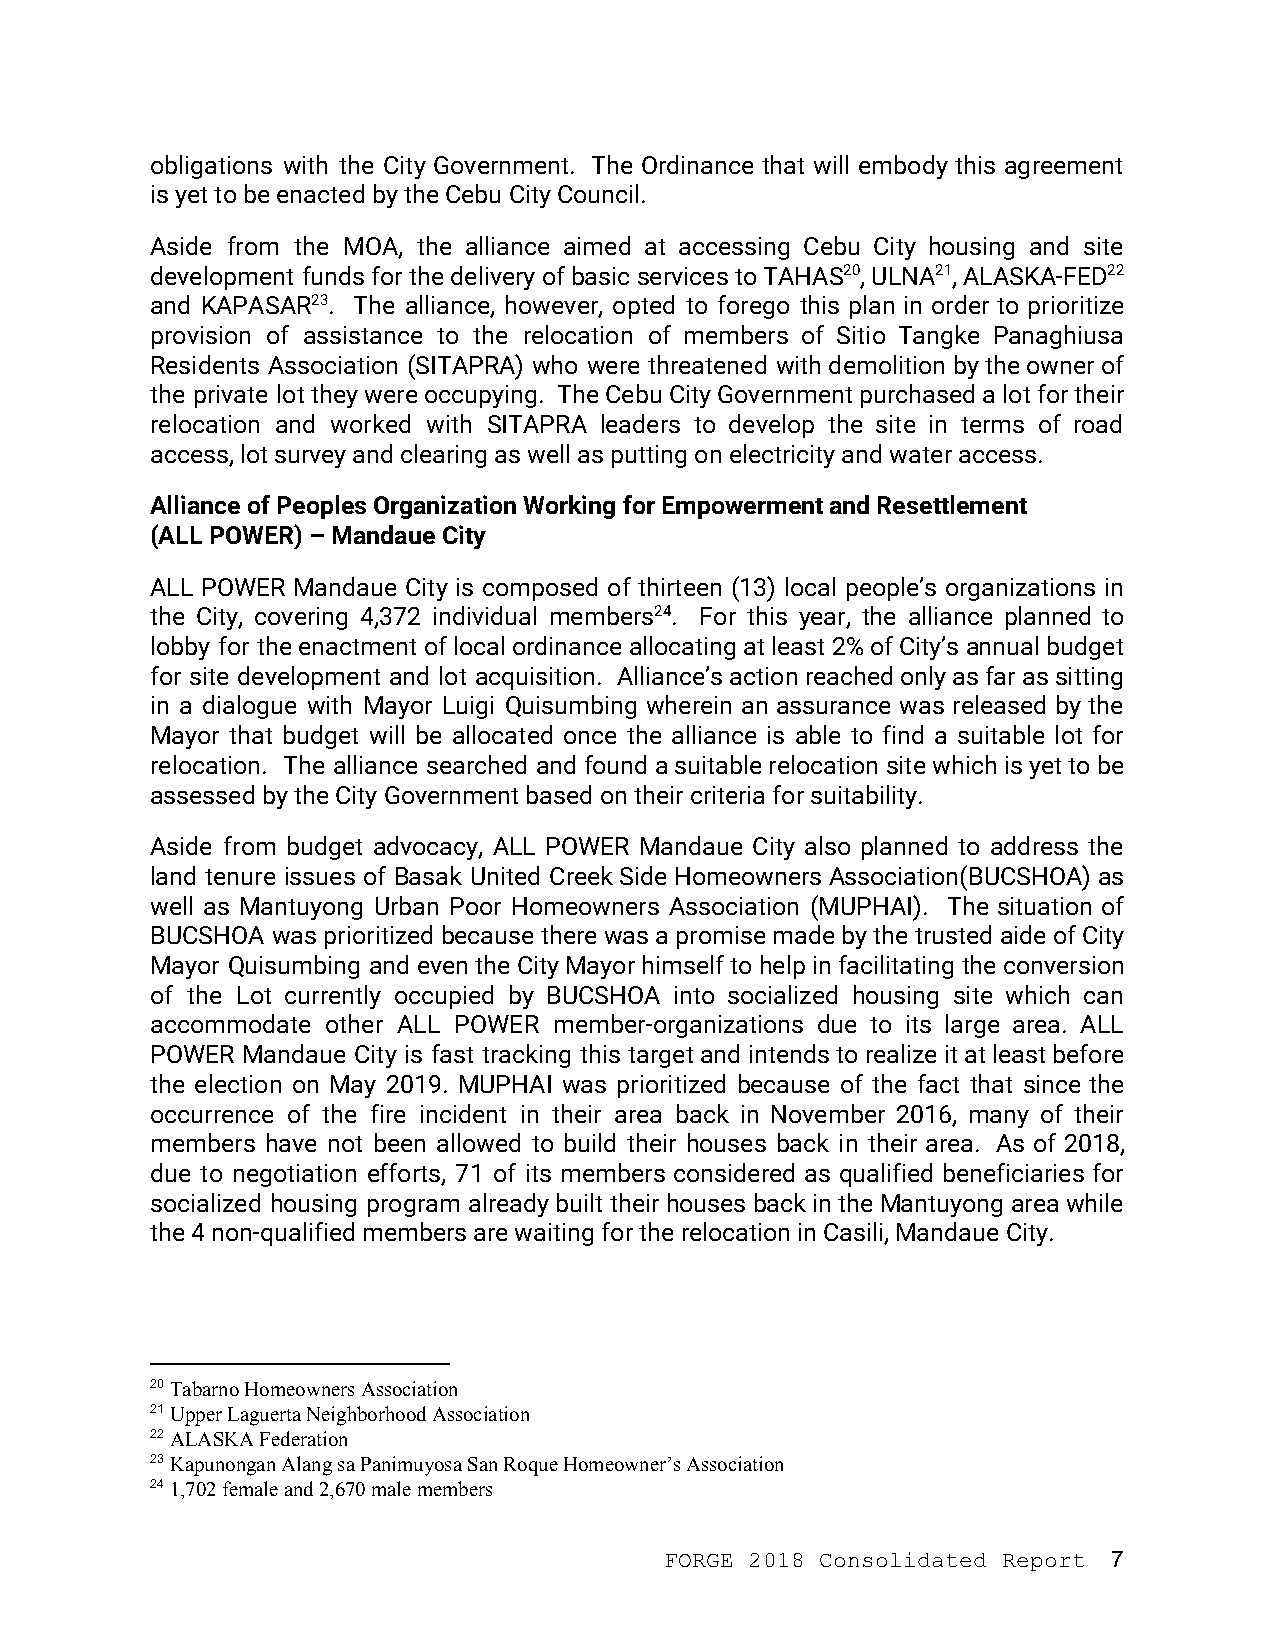
obligations with the City Government. The Ordinance that will embody this agreement
 is yet to be enacted by the Cebu City Council.
 Aside from the MOA, the alliance aimed at accessing Cebu City housing and site
 development funds for the delivery of basic services to TAHAS20, ULNA21, ALASKA-FED22
 and KAPASAR23. The alliance, however, opted to forego this plan in order to prioritize
 provision of assistance to the relocation of members of Sitio Tangke Panaghiusa
 Residents Association (SITAPRA) who were threatened with demolition by the owner of
 the private lot they were occupying. The Cebu City Government purchased a lot for their
 relocation and worked with SITAPRA leaders to develop the site in terms of road
 access, lot survey and clearing as well as putting on electricity and water access.
 Alliance of Peoples Organization Working for Empowerment and Resettlement
 (ALL POWER) – Mandaue City
 ALL POWER Mandaue City is composed of thirteen (13) local people’s organizations in
 the City, covering 4,372 individual members24. For this year, the alliance planned to
 lobby for the enactment of local ordinance allocating at least 2% of City’s annual budget
 for site development and lot acquisition. Alliance’s action reached only as far as sitting
 in a dialogue with Mayor Luigi Quisumbing wherein an assurance was released by the
 Mayor that budget will be allocated once the alliance is able to find a suitable lot for
 relocation. The alliance searched and found a suitable relocation site which is yet to be
 assessed by the City Government based on their criteria for suitability.
 Aside from budget advocacy, ALL POWER Mandaue City also planned to address the
 land tenure issues of Basak United Creek Side Homeowners Association(BUCSHOA) as
 well as Mantuyong Urban Poor Homeowners Association (MUPHAI). The situation of
 BUCSHOA was prioritized because there was a promise made by the trusted aide of City
 Mayor Quisumbing and even the City Mayor himself to help in facilitating the conversion
 of the Lot currently occupied by BUCSHOA into socialized housing site which can
 accommodate other ALL POWER member-organizations due to its large area. ALL
 POWER Mandaue City is fast tracking this target and intends to realize it at least before
 the election on May 2019. MUPHAI was prioritized because of the fact that since the
 occurrence of the fire incident in their area back in November 2016, many of their
 members have not been allowed to build their houses back in their area. As of 2018,
 due to negotiation efforts, 71 of its members considered as qualified beneficiaries for
 socialized housing program already built their houses back in the Mantuyong area while
 the 4 non-qualified members are waiting for the relocation in Casili, Mandaue City.
 20 Tabarno Homeowners Association
 ​
 21 Upper Laguerta Neighborhood Association
 ​
 22 ALASKA Federation
 ​
 23 Kapunongan Alang sa Panimuyosa San Roque Homeowner’s Association
 ​
 24 1,702 female and 2,670 male members
 ​
 FORGE 2018 Consolidated Report 7
 ​